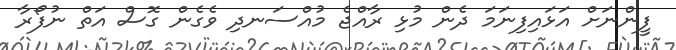
ފީންނަށް އަޅައިފިނަމަ ދެން މުޅި ރާއްޖެ މުއްސަނދި ވެގެން ގޮސް އަތް ނުފޯރާ